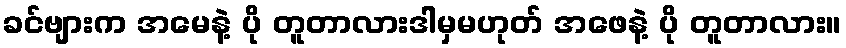
ခင်ဗျားက အမေနဲ့ ပို တူတာလားဒါမှမဟုတ် အဖေနဲ့ ပို တူတာလား။